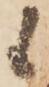
候